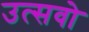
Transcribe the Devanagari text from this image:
उत्सवो